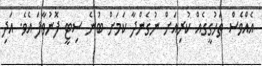
އެއްވެސް ތަހުގީގެއް ކުރިއަށް ނުގެންދާ ކަމަށް ބުނެ ސިޓީ ފޮނުވާފަ އެވެ. އަދި